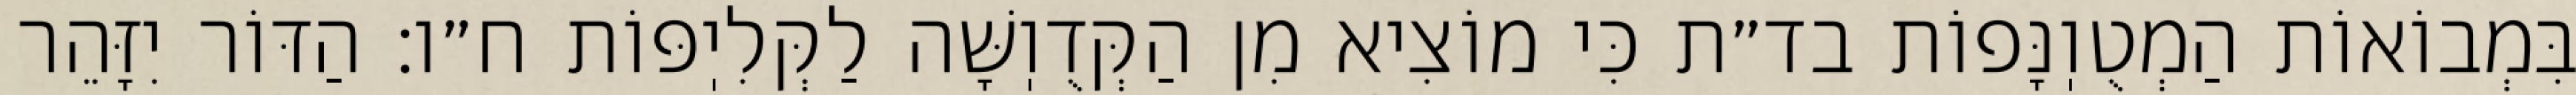
בִּמְבוֹאוֹת הַמְטֻוֽנָּפוֹת בד״ת כִּי מוֹצִיא מִן הַקְּדֻוֽשָּׁה לַקְּלִיֽפּוֹת ח״ו: הַדּוֹר יִזָּהֵר